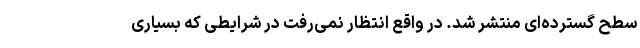
سطح گسترده‌ای منتشر شد. در واقع انتظار نمی‌رفت در شرایطی که بسیاری